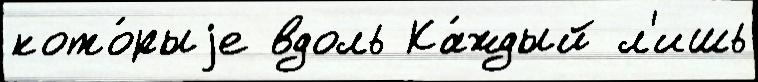
кото́рыjе вдоль Ка́ждый л'ишь